Vabadussoja_Ajaloo_Komitee, lk 15
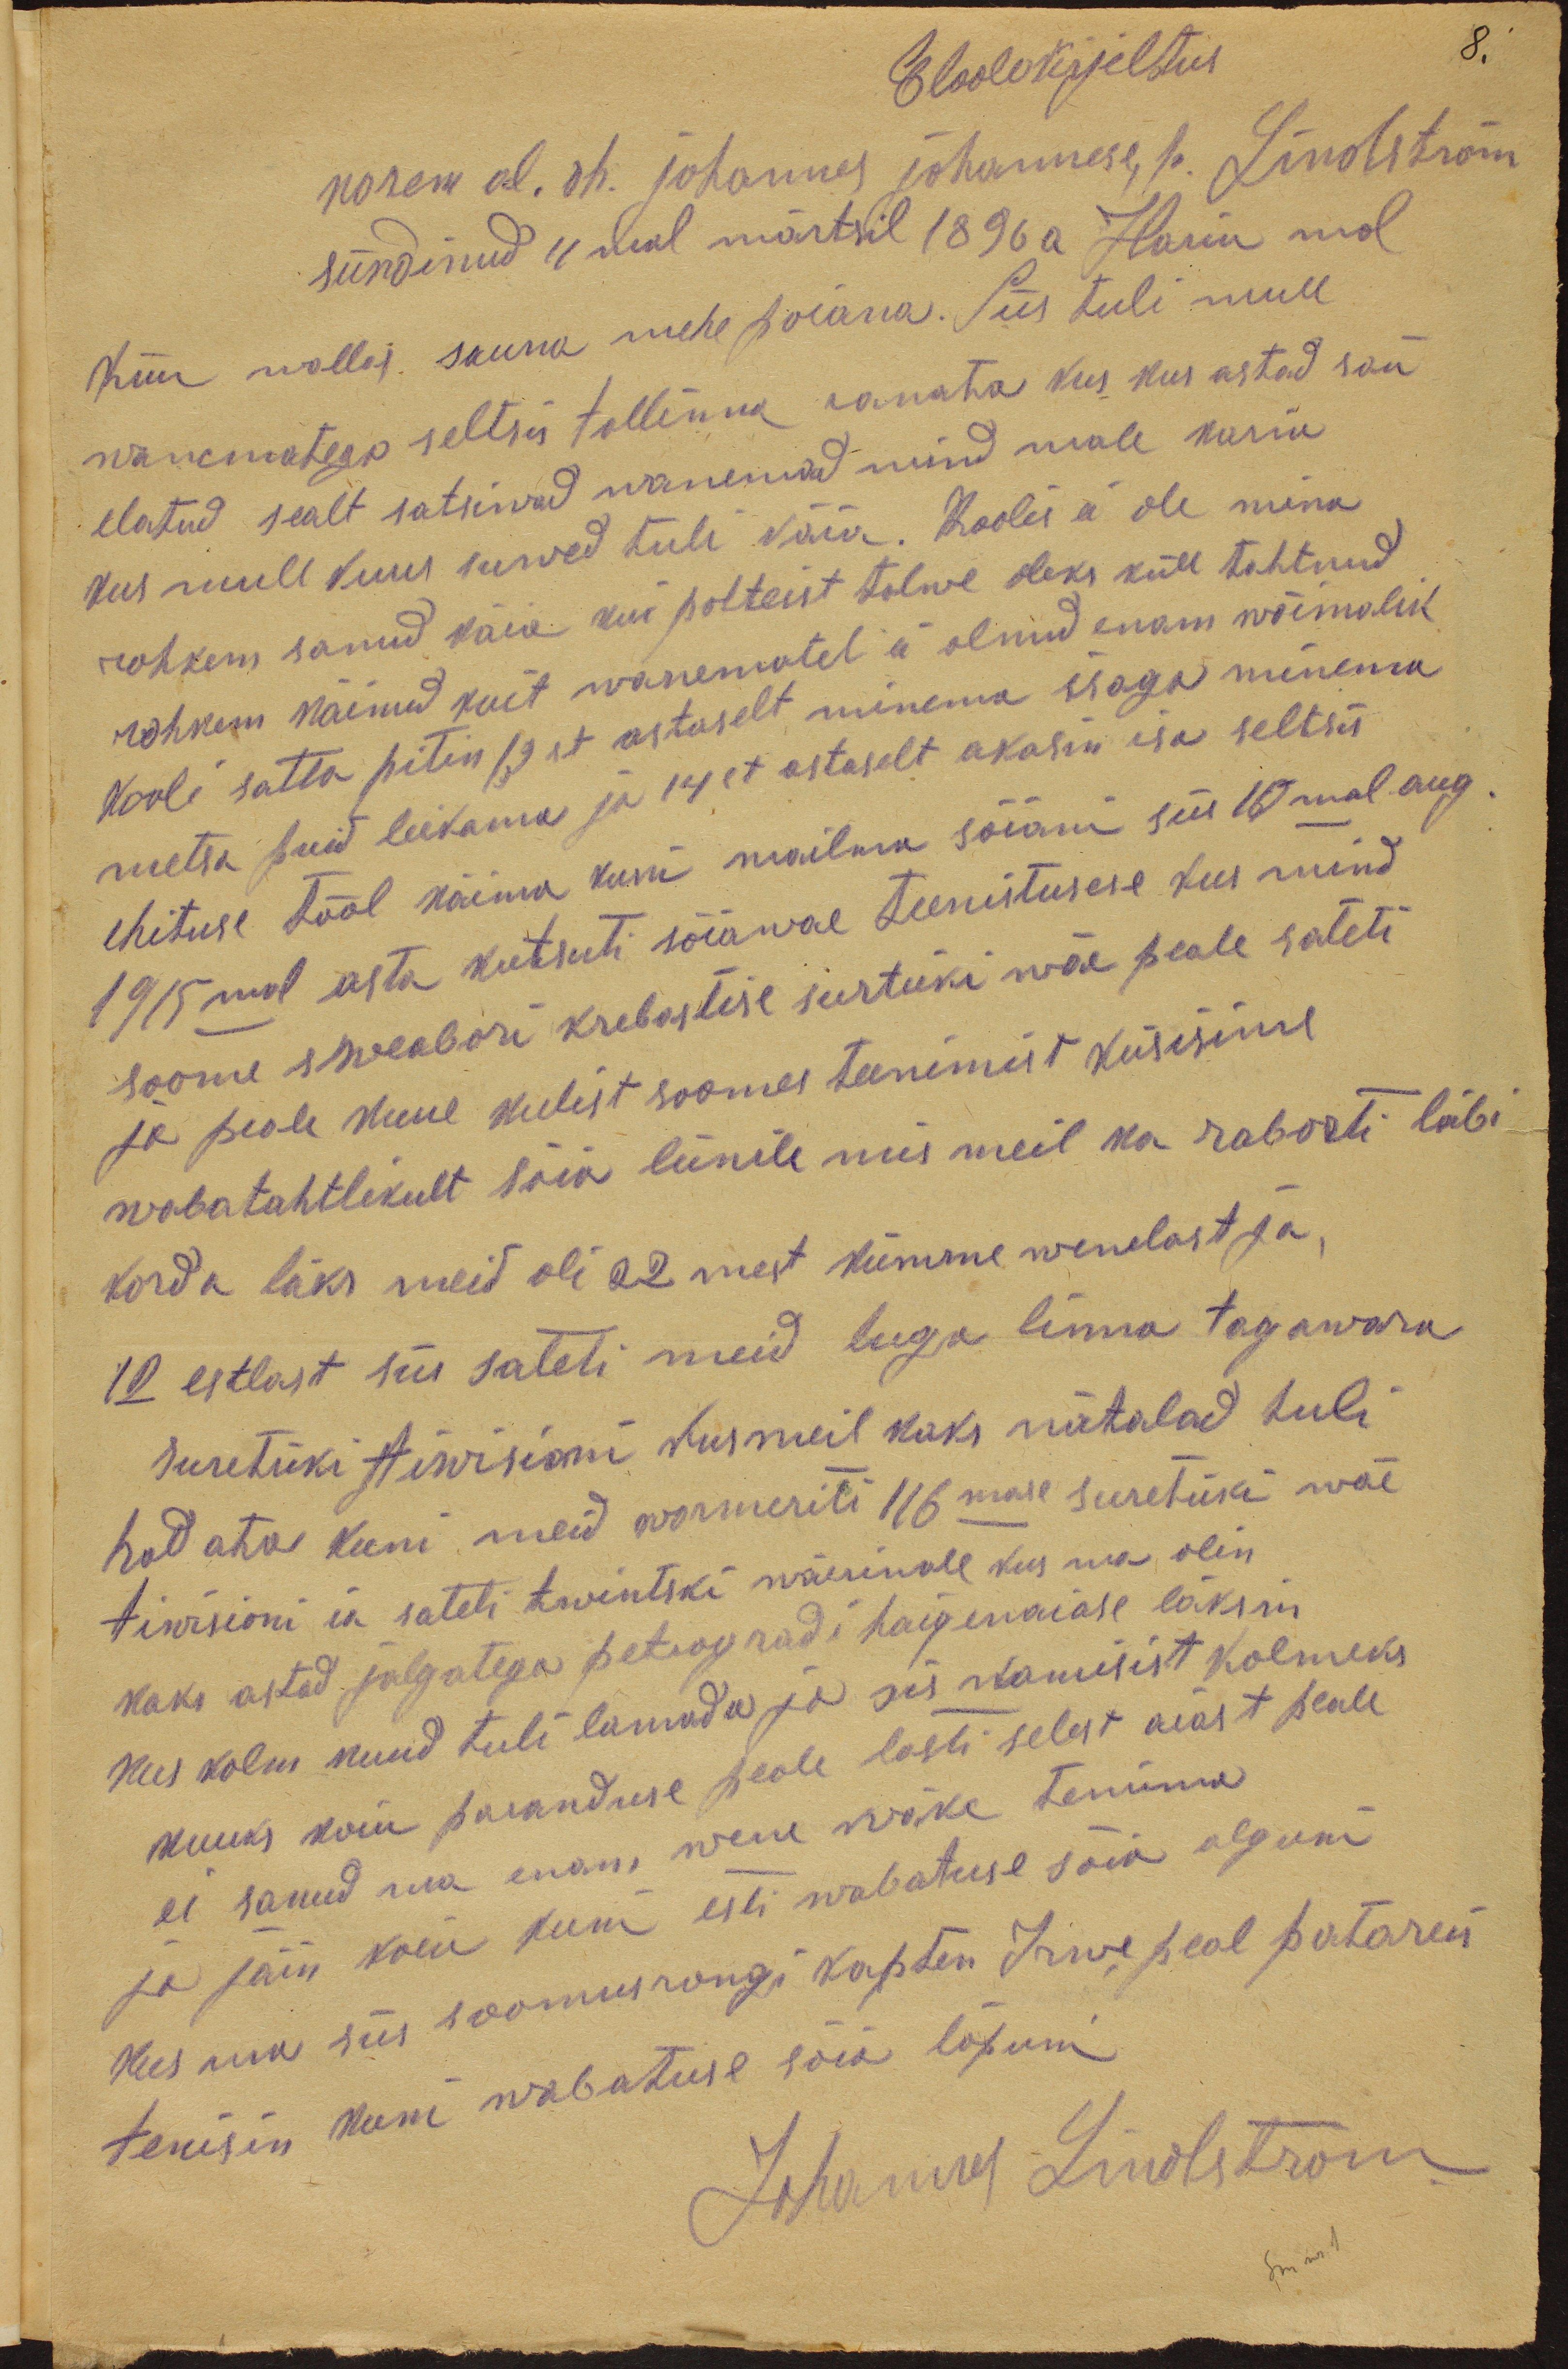
Eloolekirjeltus
norem al. oh. johannes johannese p. Lindström
sündinud 11mal märtsil 1896a Hariu mal
Kiiu wallas sauna mehe poiana. Siis tuli mull
wanematega seltsis tallinna romata kus kus astad san
elatud sealt satsiwad wanemad mind male kurne
kus mull kuus suwed tuli käia. Koolis ei ole mina
rohkem sanud käia kui polteist talwe oleks küll tahtnud
rohkem näinud kuit wanematel ei olnud enam wõimalik
kooli satta pitin 13st astaselt minema isaga minema
metsa puid leikama ja 14st astaselt akasin isa seltsis
ehituse tööl käima kuni mailma sõiani siis 10mal aug.
1915mal asta kutsuti sõiawae teenistusese kus mind
soome sweabori krebostise surtüki wäe peale sateti
ja peale kuue kulist soomes teenimist küsisime
wabatahtlikult sõia liinile mis meil ka raborti läbi
korda läks meid oli 22 mest kümme wenelast ja,
12 estlast siis sateti meid luga linna tagawara
suretüki tiwisioni kus meil kaks nätalad tuli
hodata kuni meid wormeriti 116mase suretüki wäe
tiwisioni ia sateti twintski wäerinale kus ma olin
kaks astad jalgatega petrogradi haigemaiase läksin
kus kolm kuud tuli lamada ja sis namisist kolmeks
kuuks koiu paranduse peale lasti selest aiast peale
ei sanud ma enam wene wäke tenima
ja jäin koiu kuni esti wabatuse sõia alguni
kus ma siis soomusrongi kapten Irwe peal patareis
tenisin kuni wabatuse sõia lõpuni
Johannes Linolström